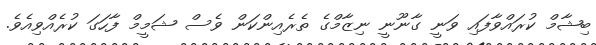
ބިޝާމް ކުރައްވާފައި ވަނީ ގާނޫނީ ނިޒާމްގެ ތެރެއިންކަން ވެސް ޝަމީމް ފާހަގަ ކުރެއްވިއެވެ.